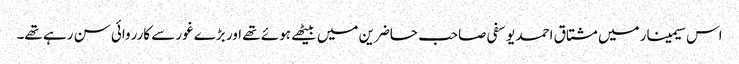
اس سیمینار میں مشتاق احمد یوسفی صاحب حاضرین میں بیٹھے ہوئے تھے اور بڑے غور سے کارروائی سن رہے تھے۔